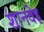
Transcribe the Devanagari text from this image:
शानवेइ